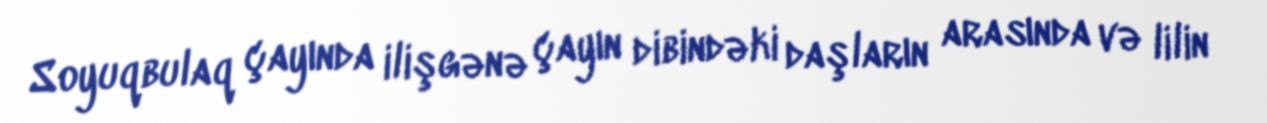
Soyuqbulaq çayında ilişgənə çayın dibindəki daşların arasında və lilin